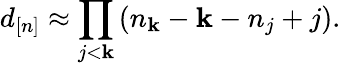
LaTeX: d_{[n]}\approx\prod_{j<\mathbf{k}}\left(n_{\mathbf{k}}-\mathbf{k}-n_{j}+j\right).